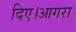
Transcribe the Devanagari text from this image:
दिए।आगरा